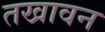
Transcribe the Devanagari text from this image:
तखावन